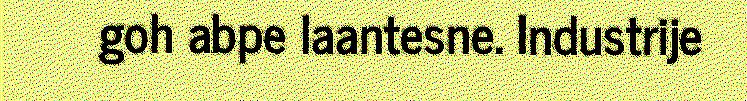
goh abpe laantesne. Industrije